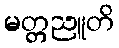
မတ္တညူတိ